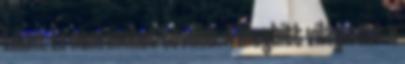
Lilian. Ez nem mehet tovább. A meghitt világomat a